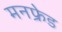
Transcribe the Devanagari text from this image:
मनफ्रेड